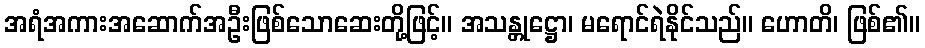
အရံအကားအဆောက်အဦးဖြစ်သောဆေးတို့ဖြင့်။ အသန္တုဋ္ဌော၊ မရောင်ရဲနိုင်သည်။ ဟောတိ၊ ဖြစ်၏။